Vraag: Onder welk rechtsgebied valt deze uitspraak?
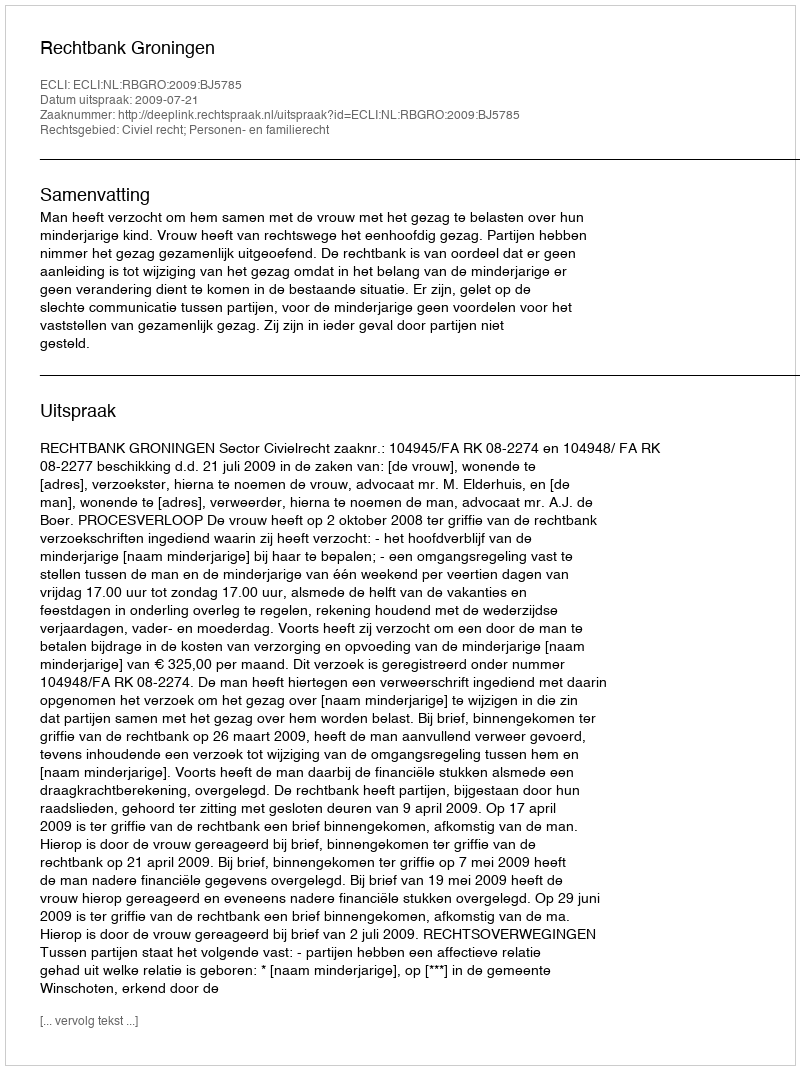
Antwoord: Civiel recht; Personen- en familierecht